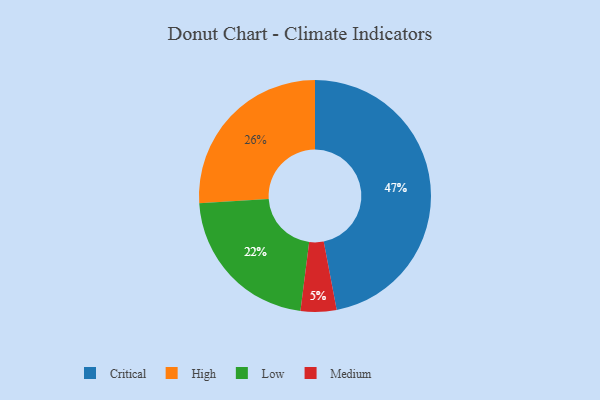
{"axis": {"x": "Category", "y": "Percentage"}, "legend": ["Critical", "High", "Low", "Medium"], "data": [{"x": "Critical", "y": 47, "type": "Critical"}, {"x": "Medium", "y": 5, "type": "Medium"}, {"x": "Low", "y": 22, "type": "Low"}, {"x": "High", "y": 26, "type": "High"}]}